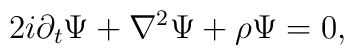
2i\partial _t\Psi + \nabla^{2}\Psi + {\rho }\Psi = 0,